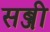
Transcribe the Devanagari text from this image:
सब्जी़